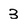
Character: 3